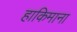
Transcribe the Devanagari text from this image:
हाकिमाना